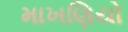
માખણિયો